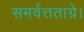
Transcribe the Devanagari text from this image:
समर्वत्तताग्रे।